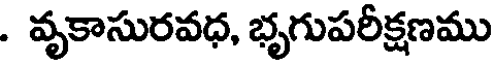
. వృకాసురవధ, భృగుపరీక్షణము